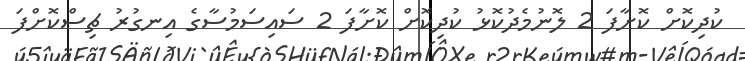
ކުދިކޮށް ކޮށާފަ 2 ލޮނުމެދުކޮޅު ކުދިކޮށް ކޮށާފަ 2 ސައިސަމުސާގެ އިނގުރު ޗިސްކޮށްފަ